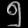
Digit: ၅